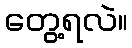
တွေ့ရလဲ။